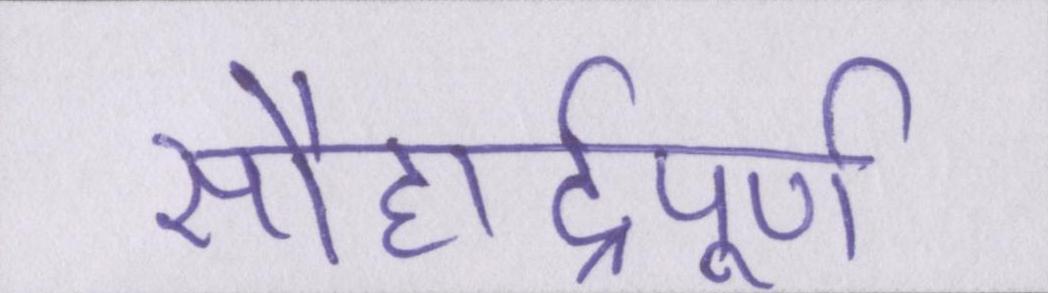
सौहार्द्रपूर्ण